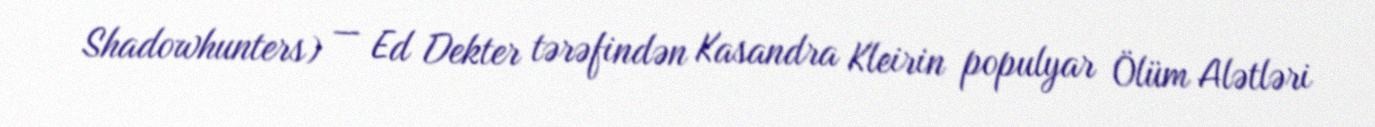
Shadowhunters) — Ed Dekter tərəfindən Kasandra Kleirin populyar Ölüm Alətləri